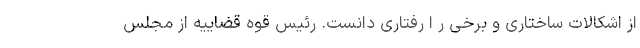
از اشکالات ساختاری و برخی ر ا رفتاری دانست. رئیس قوه قضاییه از مجلس